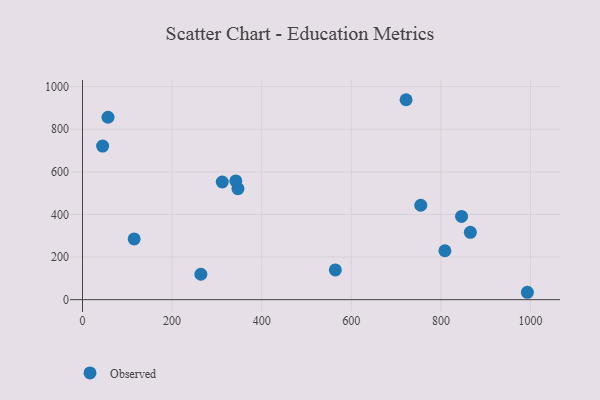
{"axis": {"x": "Price", "y": "Fuel Efficiency"}, "legend": ["Observed"], "data": [{"x": "722.3", "y": 938.4, "type": "Observed"}, {"x": "865.8", "y": 316.0, "type": "Observed"}, {"x": "115.3", "y": 285.1, "type": "Observed"}, {"x": "809.0", "y": 229.7, "type": "Observed"}, {"x": "44.9", "y": 720.7, "type": "Observed"}, {"x": "56.9", "y": 856.2, "type": "Observed"}, {"x": "312.0", "y": 552.3, "type": "Observed"}, {"x": "755.1", "y": 443.2, "type": "Observed"}, {"x": "264.2", "y": 119.2, "type": "Observed"}, {"x": "347.0", "y": 521.1, "type": "Observed"}, {"x": "342.2", "y": 557.1, "type": "Observed"}, {"x": "993.1", "y": 34.7, "type": "Observed"}, {"x": "564.4", "y": 139.6, "type": "Observed"}, {"x": "846.2", "y": 390.7, "type": "Observed"}]}